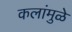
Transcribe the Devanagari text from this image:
कलांमुळे